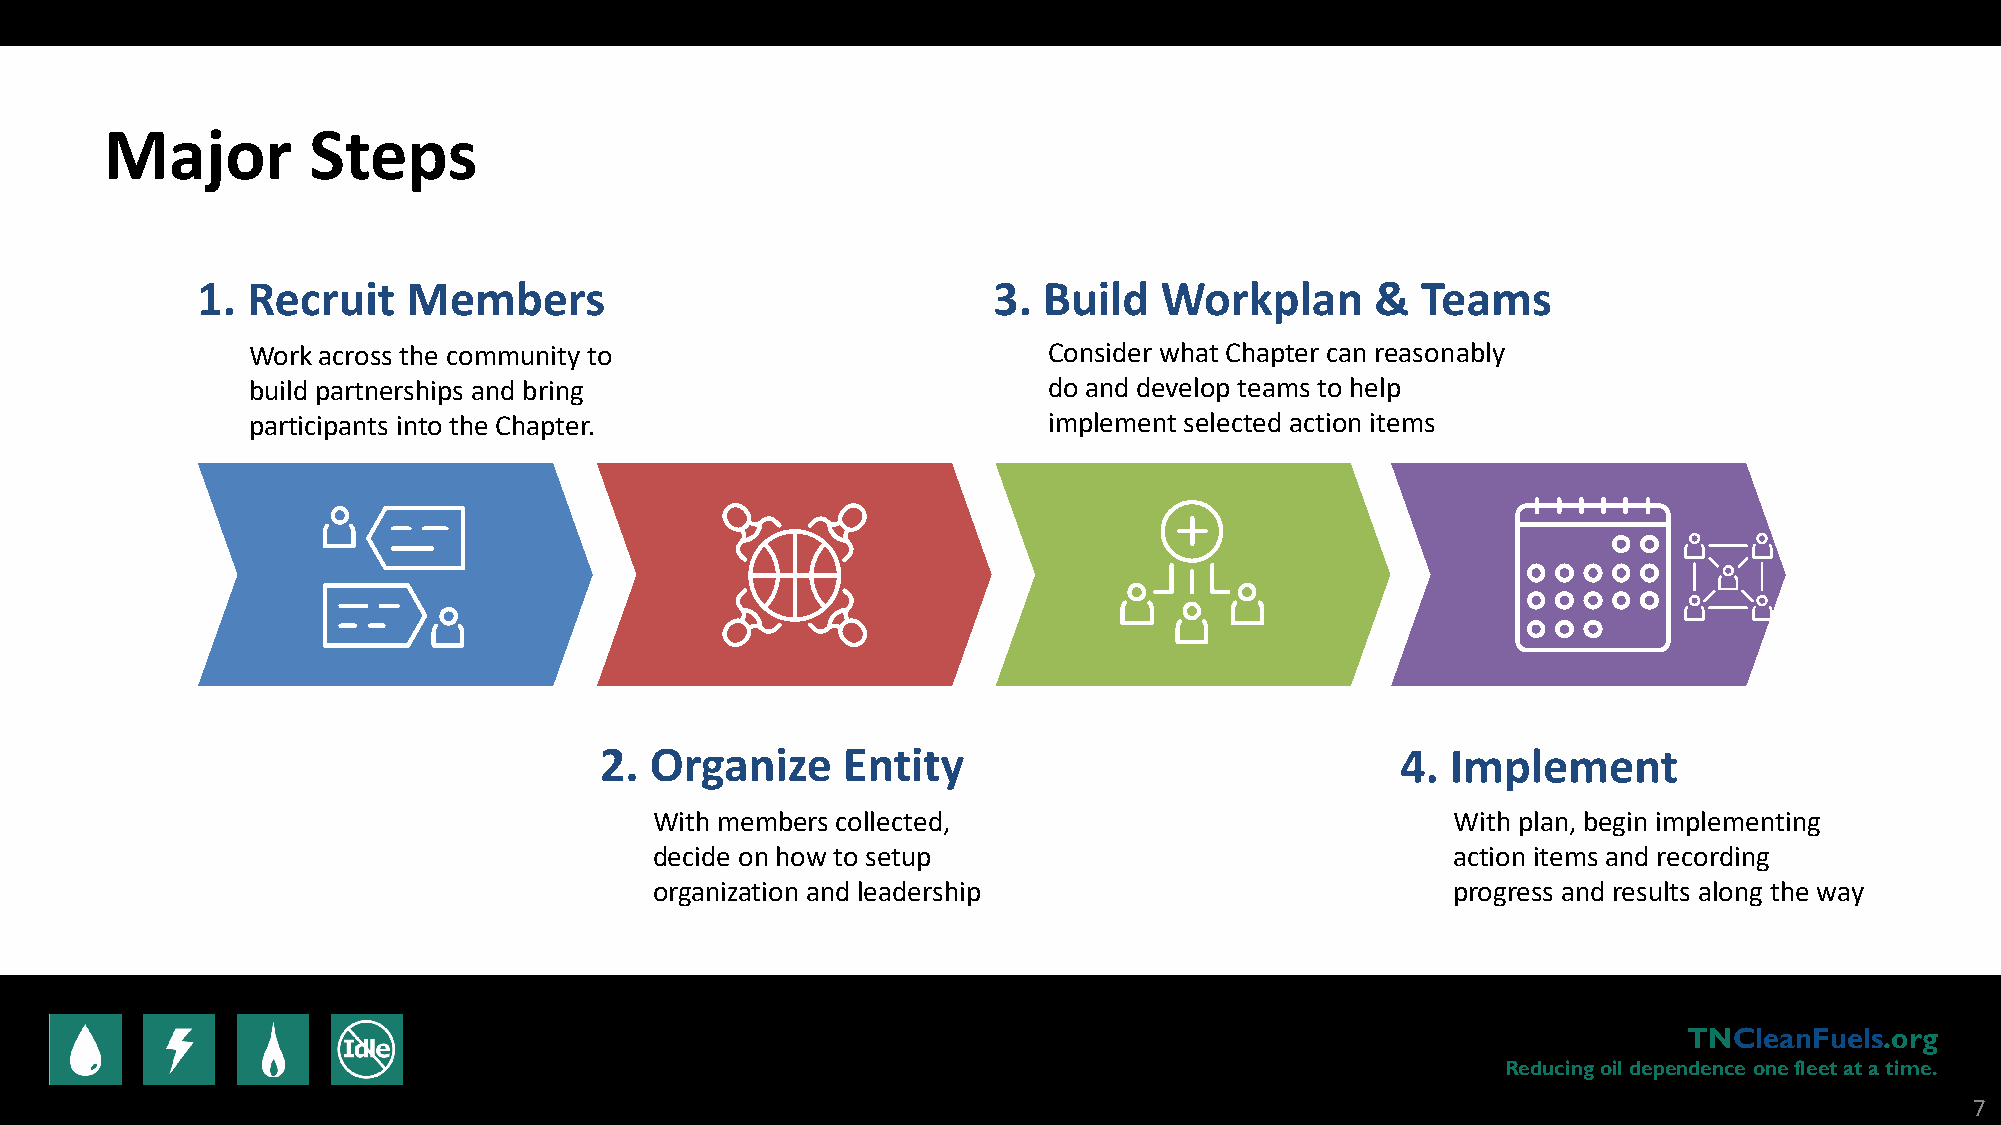
Major        Steps
 1. Recruit    Members                                3. Build   Workplan      &  Teams
 Work across the community to                         Consider what Chapter can reasonably
 build partnerships and bring                         do and develop teams to help
 participants into the Chapter.                       implement selected action items
 2. Organize     Entity                               4. Implement
 With members collected,                              With plan, begin implementing
 decide on how to setup                               action items and recording
 organization and leadership                          progress and results along the way
 TNCleanFuels.org
 Reducing oil dependence one fleet at a time.
 7